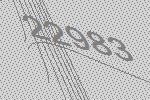
22983